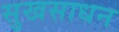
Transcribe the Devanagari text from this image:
सुखसाधन